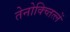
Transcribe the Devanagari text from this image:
तेनोक्च्तित्लें